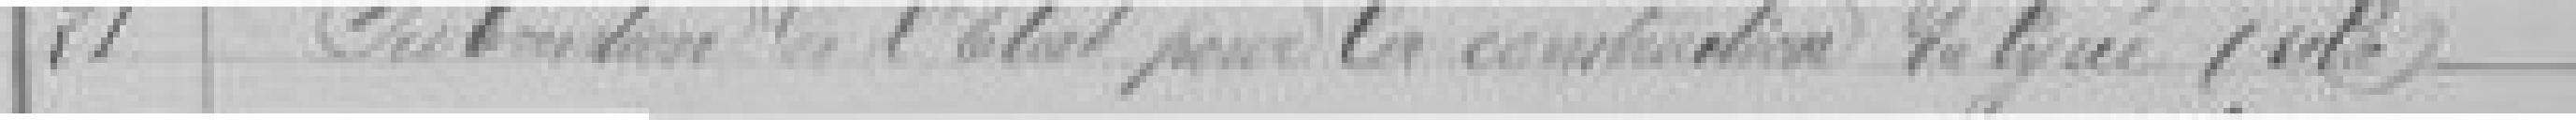
21. Subvention de l'Etat pour la construction du Lycée (??)